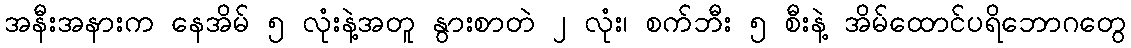
အနီးအနားက နေအိမ် ၅ လုံးနဲ့အတူ နွားစာတဲ ၂ လုံး၊ စက်ဘီး ၅ စီးနဲ့ အိမ်ထောင်ပရိဘောဂတွေ